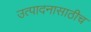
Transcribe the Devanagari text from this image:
उत्पादनासाठीच